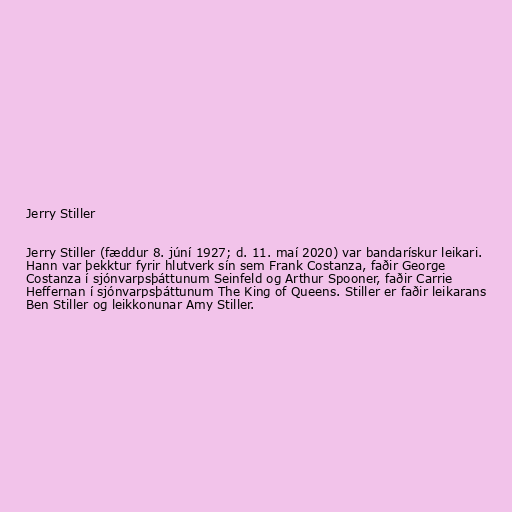
Jerry Stiller

Jerry Stiller (fæddur 8. júní 1927; d. 11. maí 2020) var bandarískur leikari.
Hann var þekktur fyrir hlutverk sín sem Frank Costanza, faðir George
Costanza í sjónvarpsþáttunum Seinfeld og Arthur Spooner, faðir Carrie
Heffernan í sjónvarpsþáttunum The King of Queens. Stiller er faðir leikarans
Ben Stiller og leikkonunar Amy Stiller.